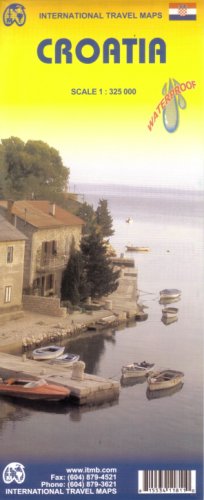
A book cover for Croatia 1:325,000 Travel Map (International Travel Maps); ITM Canada; Travel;